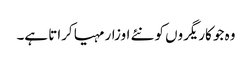
وہ جو کاریگروں کو نئے اوزار مہیا کراتا ہے۔